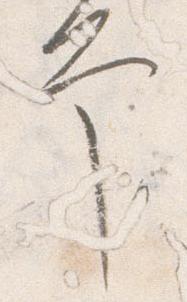
幸